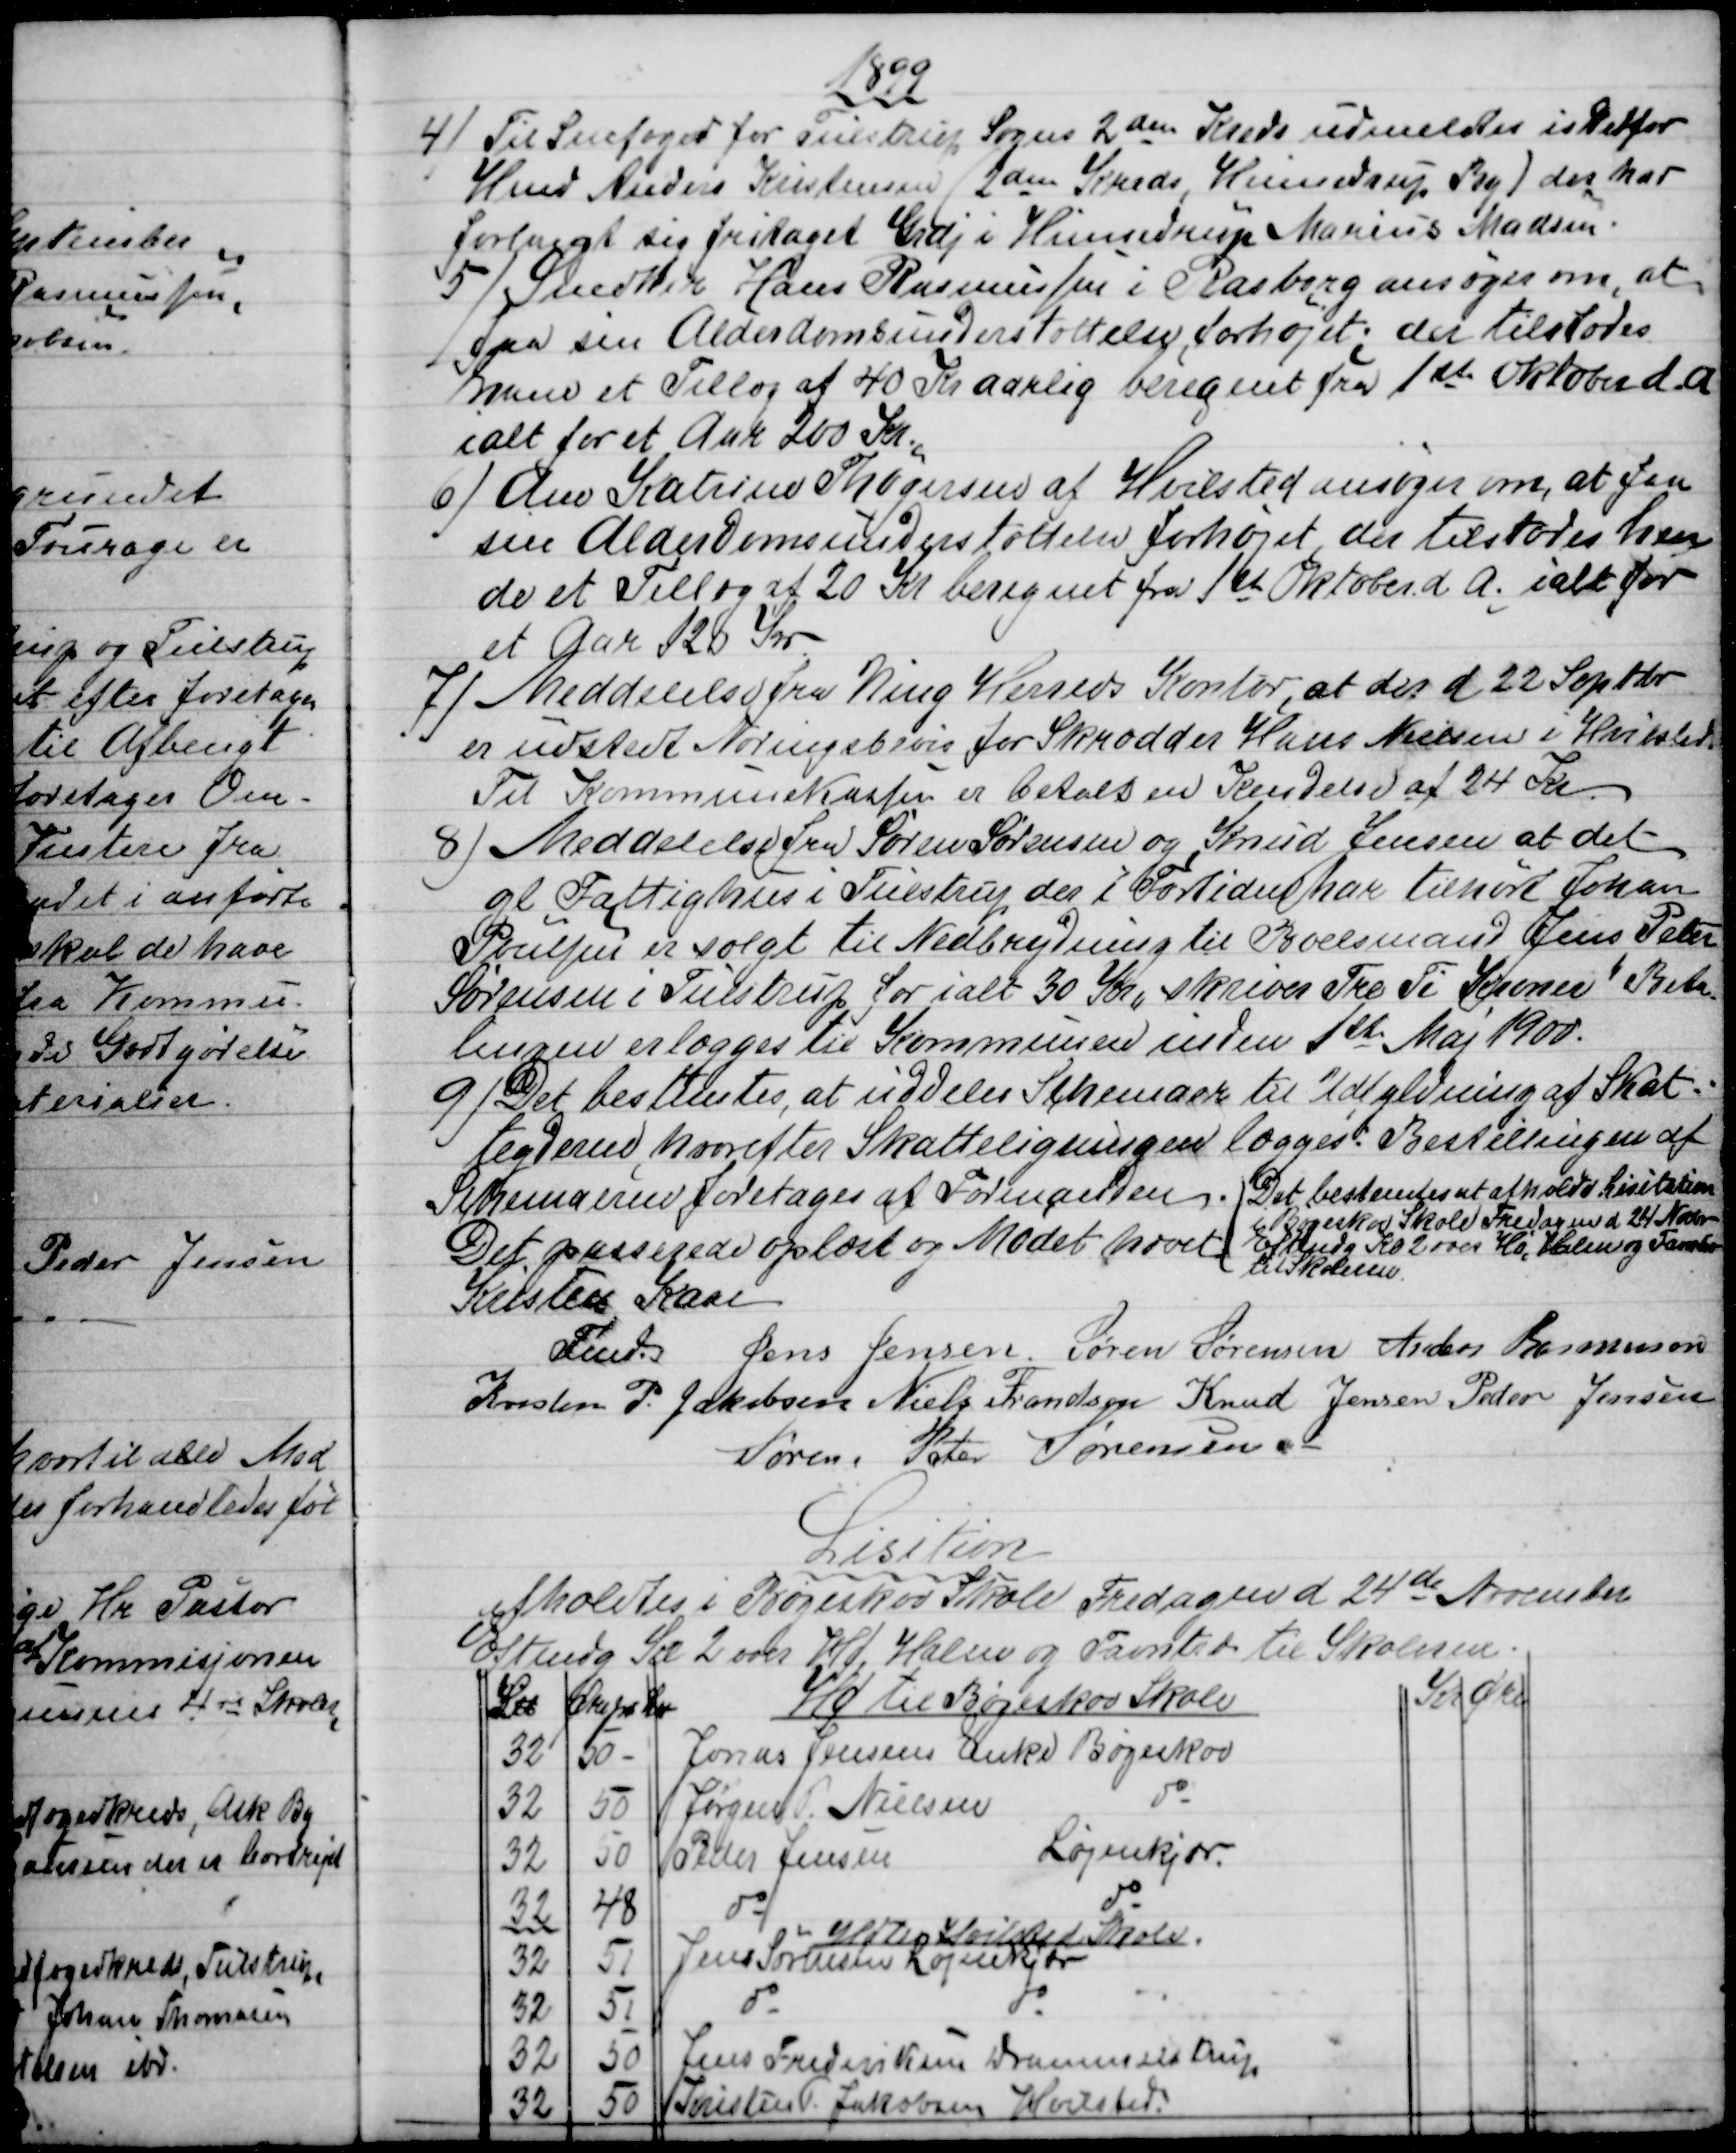
Transskription:
1899
4) 
Til Snefoged for Tulstrup Sogns 2den Kreds udmeldtes istedfor
Hmd Anders Kristensen, (2den Kreds, Hinnedrup By) der har
forlangt sig fritaget Grdj i Hinnedrup Marius Madsen.
5)
Snedker Hans Rasmussen i Rasborg ansøger om, at
faa sin Alderdomsunderstøttelse forhøjet; der tilstodes
ham et Tillæg af 40 Kr aarlig beregnet fra 1ste Oktober d. A
ialt for et Aar 200 Kr.,
6)
Ane Katrine Thøgersen af Hvilsted ansøger om, at faa
sin Alderdomsunderstøttelse forhøjet; der tilstodes hen
de et Tillæg af 20 Kr beregnet fra 1st Oktober d. A. ialt for
et Aar 120 Kr
7) 
Meddelelse fra Ning Herreds Kontor, at der d. 22 Septbr.
er udstedt Næringsbevis for Skrædder Hans Nielsen i Hvilsted.
Til Kommunekassen er betalt en Kendelse af 24 Kr.
8) 
Meddelelse fra Søren Sørensen og Knud Jensen at det
gl Fattighus i Tulstrup der i Fortiden har tilhørt Johan
Poulsen er solgt til Nedbrydning til Boelsmand Jens Peter
Sørensen i Tulstrup for ialt 30 Kr "skriver Tre Ti Kroner" Beta
=
lingen erlægges til Kommunen inden 1st Maj 1900.
9)
Det bestemtes, at uddele Schemaer til Udfyldning af Skat-
teyderne, hvorefter Skatteligningen lægges. Bestillingen af
Schemaerne foretages at Formanden. Det bestemtes at afholde Lisitation
i Bøgeskov Skole Fredagen d 24 Novbr.
 Eftmd Kl 2 over Hø, Halm og Favntræ
til Skolerne.
Det passerede oplæst og Mødet hævet
Kristen Kaae
Fmd.
Jens Jensen  Søren Sørensen  Anders Rasmussen
Kresten P. Jakobsen  Niels Frandsen  Knud Jensen  Peder Jensen
Søren. Peter Sørensen.
Lisition
afholdtes i Bøgeskov Skole Fredagen d 24de November
Eftmdg Kl 2 over Hø, Halm og Favntræ til Skolerne.
L℔
Øre pr L℔
Hø til Bøgeskov Skole
Kr  
Øre
32
50
Jonas Jensens Enke Bøgeskov
32
50
Jørgen P. Nielsen
do
32
50
Peder Jensen
Løjenkjær.
32
48
do 
do
Hø til Hvilsted Skole.
32
51
Jens Sørensen Løjenkjær
32
51
do
do
32
50
Jens Frederiksen Drammelstrup
32
50
Kristin P. Jakobsen Hvilsted